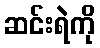
ဆင်းရဲကို